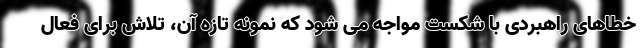
خطاهای راهبردی با شکست مواجه می شود که نمونه تازه آن، تلاش برای فعال